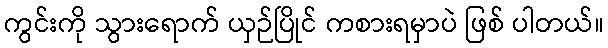
ကွင်းကို သွားရောက် ယှဉ်ပြိုင် ကစားရမှာပဲ ဖြစ် ပါတယ်။